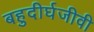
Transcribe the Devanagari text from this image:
बहुदीर्घजीवी